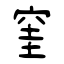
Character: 窐